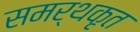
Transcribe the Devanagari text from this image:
समर्थकृत